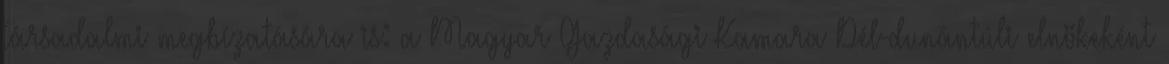
társadalmi megbízatására is: a Magyar Gazdasági Kamara Dél-dunántúli elnökeként